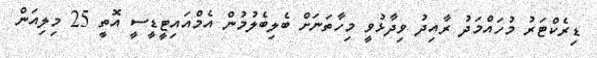
ޑިރެކްޓަރު މުހައްމަދު ރާއިދު ވިދާޅުވީ މިހާތަނަށް ބެލިބެލުމުން އެމްއައިޓީޑީސީ އޮތީ 25 މިލިއަން